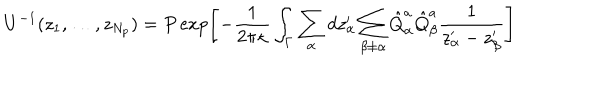
LaTeX: U ^ { - 1 } ( z _ { 1 } , \dots , z _ { N _ { p } } ) = P \exp \left[ - { \frac { 1 } { 2 \pi \kappa } } \int _ { \Gamma } \sum _ { \alpha } d z _ { \alpha } ^ { \prime } \sum _ { \beta \not = \alpha } \hat { Q } _ { \alpha } ^ { a } \hat { Q } _ { \beta } ^ { a } \frac { 1 } { z _ { \alpha } ^ { \prime } - z _ { \beta } ^ { \prime } } \right]